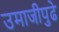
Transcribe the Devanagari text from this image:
उमाजीपुढे